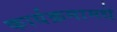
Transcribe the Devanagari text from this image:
कार्यक्रमामधे